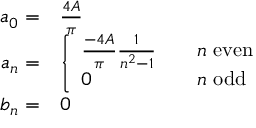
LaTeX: \begin{array} { r l } { a _ { 0 } = } & { { } { \frac { 4 A } { \pi } } } \\ { a _ { n } = } & { { } { \left\{ \begin{array} { l l } { { \frac { - 4 A } { \pi } } { \frac { 1 } { n ^ { 2 } - 1 } } } & { \quad n { \mathrm { ~ e v e n } } } \\ { 0 } & { \quad n { \mathrm { ~ o d d } } } \end{array} \right. } } \\ { b _ { n } = } & { { } 0 } \end{array}